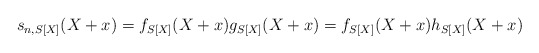
\begin{align*}s_{n,S[X]}(X + x) = f_{S[X]}(X + x) g_{S[X]}(X + x) = f_{S[X]}(X + x) h_{S[X]}(X+ x)\end{align*}